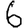
Digit: 6